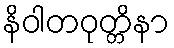
နိဝါတဝုတ္တိနာ